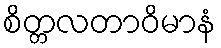
စိတ္တလတာဝိမာနံ